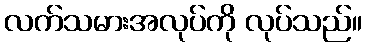
လက်သမားအလုပ်ကို လုပ်သည်။